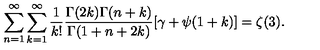
\sum _ { n = 1 } ^ { \infty } \sum _ { k = 1 } ^ { \infty } \frac { 1 } { k ! } \frac { \Gamma ( 2 k ) \Gamma ( n + k ) } { \Gamma ( 1 + n + 2 k ) } [ \gamma + \psi ( 1 + k ) ] = \zeta ( 3 ) .